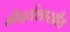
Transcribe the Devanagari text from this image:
सौदर्यशास्त्रीय